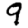
Digit: 9